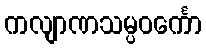
ကလျာဏသမ္ပဝင်္ကော